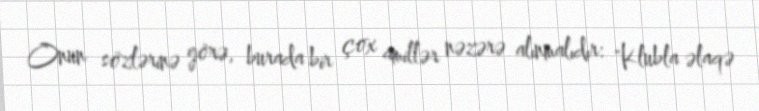
Onun sözlərinə görə, burada bir çox amillər nəzərə alınmalıdır: "Klubla əlaqə